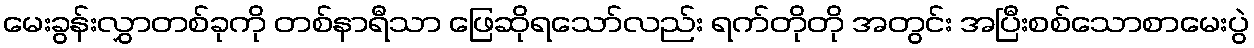
မေးခွန်းလွှာတစ်ခုကို တစ်နာရီသာ ဖြေဆိုရသော်လည်း ရက်တိုတို အတွင်း အပြီးစစ်သောစာမေးပွဲ